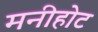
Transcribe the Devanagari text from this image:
मनीहोट